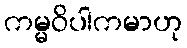
ကမ္မဝိပါကမာဟု